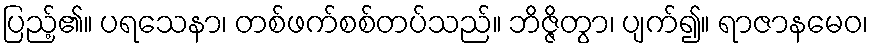
ပြည့်၏။ ပရသေနာ၊ တစ်ဖက်စစ်တပ်သည်။ ဘိဇ္ဇိတွာ၊ ပျက်၍။ ရာဇာနမေဝ၊